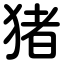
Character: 猪